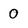
Character: 0